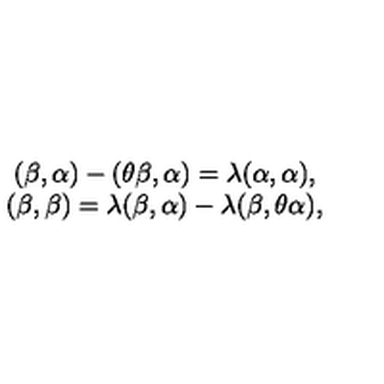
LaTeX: \begin{array} { c } { ( \beta , \alpha ) - ( \theta \beta , \alpha ) = \lambda ( \alpha , \alpha ) , } \\ { ( \beta , \beta ) = \lambda ( \beta , \alpha ) - \lambda ( \beta , \theta \alpha ) , } \\ \end{array}